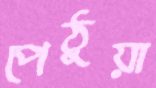
পেঠুয়া